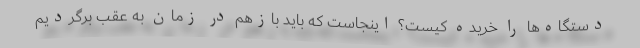
دستگاه‌ها را خریده کیست؟ اینجاست که باید بازهم در زمان به عقب برگردیم